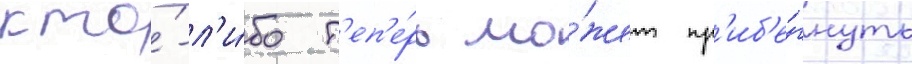
кто́-л'и́бо т'еп'е́рь мо́жет пр'иб'е́гнуть